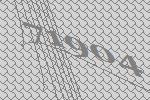
71904